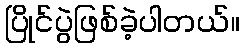
ပြိုင်ပွဲဖြစ်ခဲ့ပါတယ်။